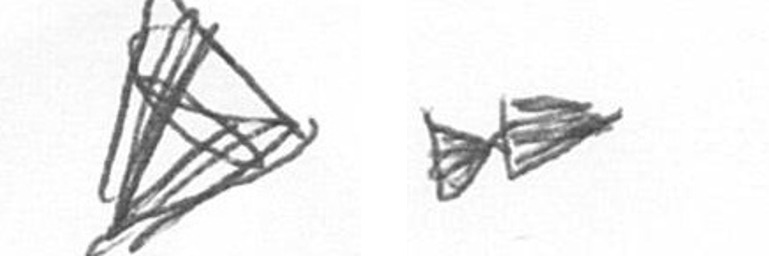
O A